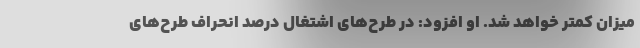
میزان کمتر خواهد شد. او افزود: در طرح‌های اشتغال درصد انحراف طرح‌های